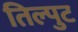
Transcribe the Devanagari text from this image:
तिल्पुट